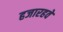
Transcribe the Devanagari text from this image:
हजारहवें